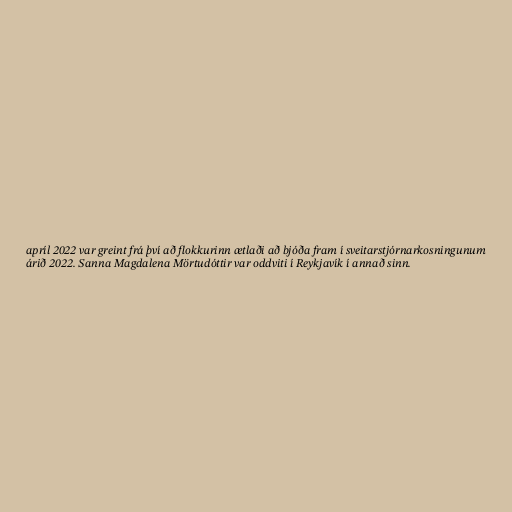
apríl 2022 var greint frá því að flokkurinn ætlaði að bjóða fram í sveitarstjórnarkosningunum
árið 2022. Sanna Magdalena Mörtudóttir var oddviti í Reykjavík í annað sinn.